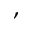
,